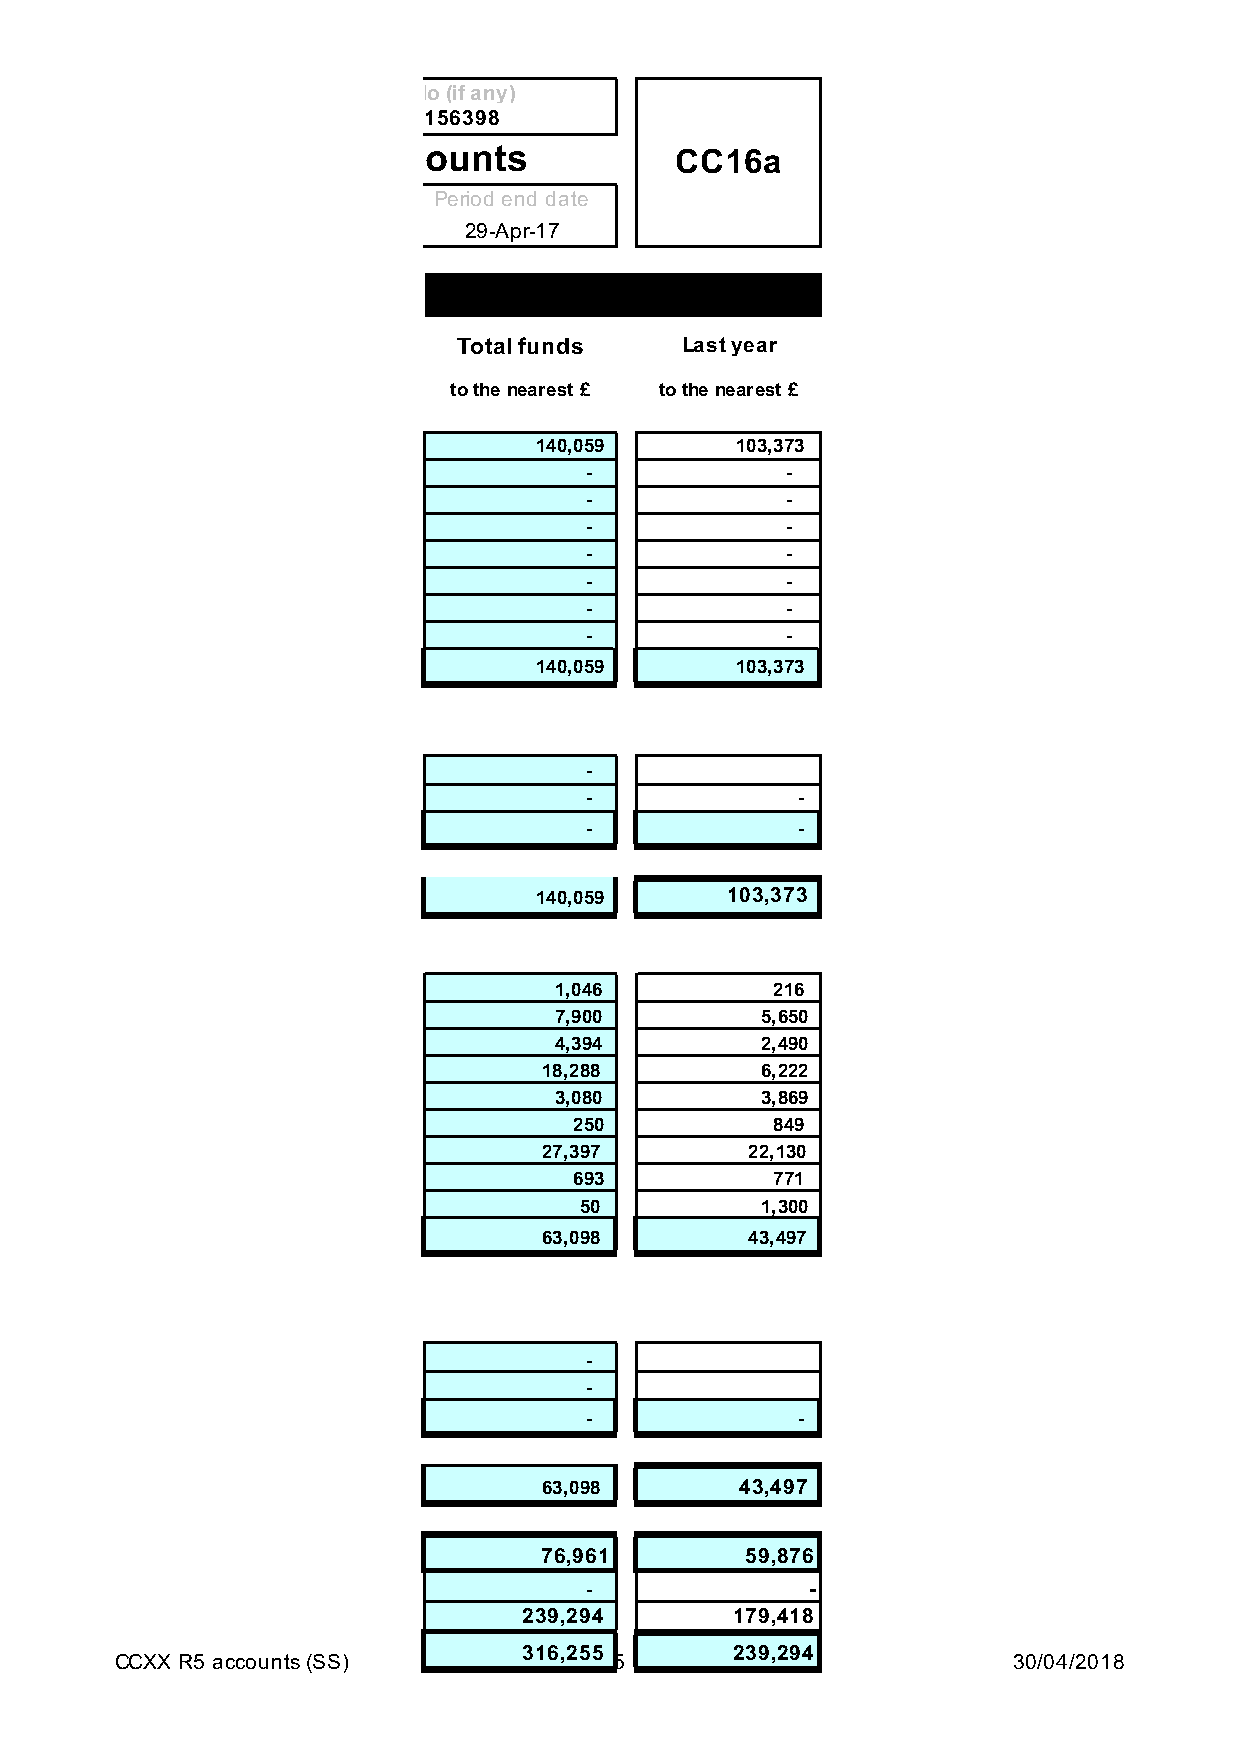
No (if any)
 1156398
 Receipts and payments   accounts             CC16a
 Period end date
 29-Apr-17
 Total funds    Last year
 to the nearest £ to the nearest £
 140,059       103,373
 -            -
 -            -
 -            -
 -            -
 -            -
 -            -
 -            -
 140,059       103,373
 -
 -             -
 -             -
 140,059      103,373
 1,046         216
 7,900        5,650
 4,394        2,490
 18,288        6,222
 3,080        3,869
 250          849
 27,397        22,130
 693          771
 50          1,300
 63,098        43,497
 -
 -
 -             -
 63,098       43,497
 76,961       59,876
 -              -
 239,294       179,418
 316,255       239,294
 CCXX R5 accounts (SS)            5                         30/04/2018